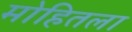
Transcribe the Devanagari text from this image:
मोहितला